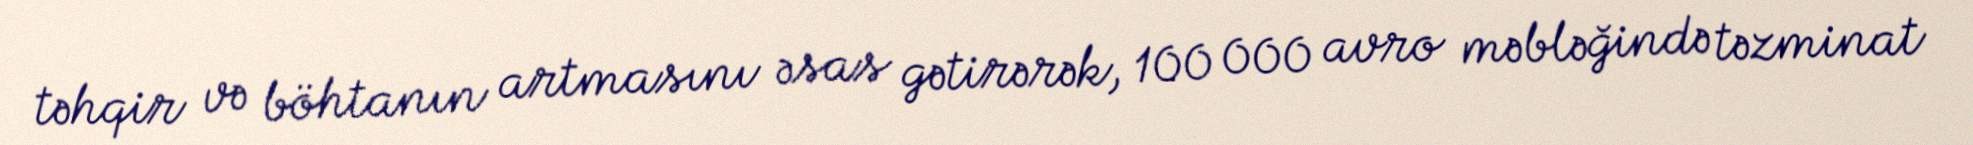
təhqir və böhtanın artmasını əsas gətirərək, 100 000 avro məbləğində təzminat